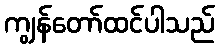
ကျွန်တော်ထင်ပါသည်